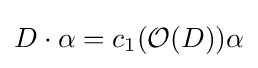
D\cdot \alpha =c_{1}({\mathcal {O}}(D))\alpha